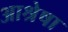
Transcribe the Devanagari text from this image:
आश्रेषा